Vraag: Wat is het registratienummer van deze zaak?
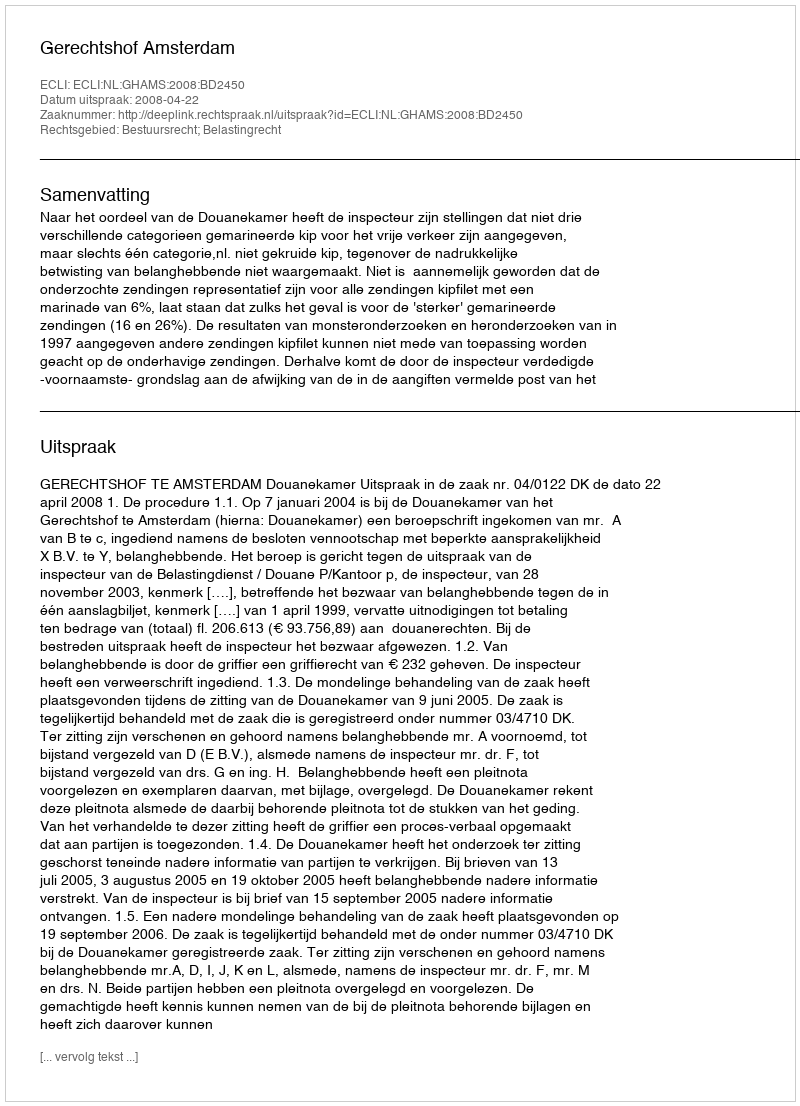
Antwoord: http://deeplink.rechtspraak.nl/uitspraak?id=ECLI:NL:GHAMS:2008:BD2450